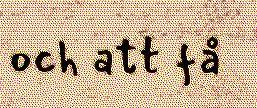
och att få